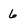
Character: 6